Vital statistics of India. Vol. IV, Annual returns from 1871 to 1876. British Army of India, Native Army and jails of Bengal
Year: 1871
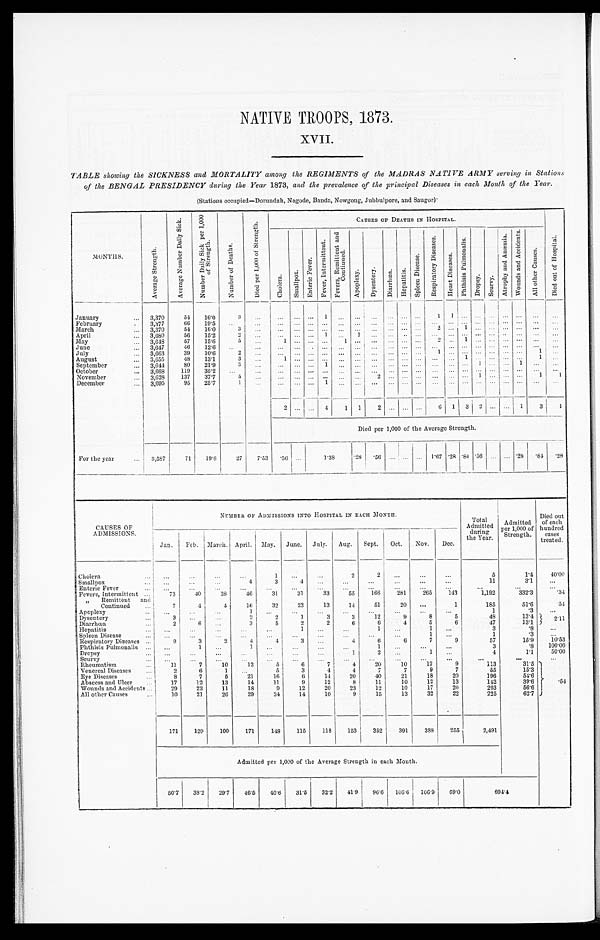
NATIVE TROOPS, 1873.
XVII.
TABLE showing the SICKNESS and MORTALITY among the REGIMENTS of the MADRAS NATIVE ARMY serving in Stations
of the BENGAL PRESIDENCY during the Year 1873 , and. the prevalence of the principal Diseases in each Month of the Year.
(Stations occupied—Dorundah, Nagode, Banda, Nowgong, Jubbulpore, and Saugor).
MONTHS.
A v e r a g e S t r e n g t h .
A v e r a g e N u m b e r D a i l y S i c k .
N u m b e r D a i l y S i c k p e r 1 , 0 0 0 o f S t r e n g t h .
N u m b e r o f D e a t h s .
D i e d p e r 1 , 0 0 0 o f S t r e n g t h .
CAUSES OF DEATHS IN HOSPITAL.
D i e d o u t o f H o s p i t a l .
C h o l e r a .
S m a l l p o x .
E n t e r i c F e v e r .
F e v e r , I n t e r m i t t e n t .
F e v e r s , R e m i t t e n t a n d C o n t i n u e d .
A p o p l e x y .
D y s e n t e r y .
D i a r r h œ a .
H e p a t i t i s .
S p l e e n D i s e a s e .
R e s p i r a t o r y D i s e a s e s .
H e a r t D i s e a s e s .
P h t h i s i s P u l m o n a l i s .
D r o p s y .
S c u r v y .
A t r o p h y a n d A n æ m i a .
W o u n d s a n d A c c i d e n t s .
A l l o t h e r C a u s e s .
January ...
3,370
54
16.0
3
. . .
...
. . .
. . . 1
. . .
. . .
. . .
. . .
. . .
. . .
1 1
. . . . . .
. . .
. . .
. . .
. . .
...
February ...
3,377
66
19.5
. . .
...
...
. . . . . .
. . .
. . .
. . .
. . .
. . .
. . .
. . .
. . . . . .
. . . . . .
. . .
. . .
. . .
. . .
...
March ...
3,370
54
16.0
3
...
. . .
. . . . . .
. . .
. . .
. . .
. . .
. . . . . .
. . .
2
. . . 1
. . .
. . .
. . .
. . .
. . .
...
April ...
3,680
56
15.2
2
...
...
. . . . . . 1
. . .
1
. . .
. . . . . .
. . .
. . . . . . . . .
. . . . . .
. . .
. . .
. . .
. . .
May ...
3,648
57
15.6
5
...
1
. . . . . .
. . .
1 . . .
. . .
. . . . . .
. . .
2
. . . 1
. . . . . .
. . .
. . .
. . .
...
June ...
3,647
46
12.6
. . .
...
...
. . . . . .
. . .
. . .
. . .
. . .
. . . . . .
. . .
. . .
. . . . . .
. . .
. . .
. . .
. . .
. . .
...
July ...
3,663
39
10.6
2
...
...
. . . . . .
. . .
. . .
. . .
. . .
. . . . . .
. . .
1
. . .
. . . . . . . . .
. . . . . .
1
...
August ...
3,655
48
13.1
3
...
1
. . . . . .
. . .
. . .
. . .
. . .
. . .
. . .
. . . . . .
. . .
1 . . .
. . .
. . .
. . .
1
...
September ...
3,644
80
21.9
3
. . .
...
. . . . . .
1
. . .
. . .
. . .
. . . . . .
. . .
. . .
. . .
. . . 1 . . .
. . . 1
. . .
...
October ...
3,668
119
35.2
. . .
...
. . .
. . . . . .
. . .
. . . . . .
. . .
. . . . . .
. . .
. . .
. . .
. . . . . .
. . . . . .
. . .
. . .
. . .
November ...
3,628
137
37.7
5
...
. . .
. . .
. . .
. . .
. . .
. . .
2
. . .
. . .
. . . . . .
. . .
. . . 1
. . .
. . . . . .
1
1
December ...
3,695
95
25.7
1
...
...
. . .
. . .
1
. . .
. . .
. . .
. . .
. . .
. . .
. . .
. . .
. . . . . .
. . .
. . .
. . .
...
...
2
. . . . . .
4
1 1
2
. . .
. . .
. . .
6 1 3 2
. . .
. . . 1
3
1
Died per 1,000 of the Average Strength.
For the year ...
3,587
71
19.8
27
7.53
. 5 6
. . .
1.38
.28 .56
. . .
. . .
. . . 1.67
. 2 8 .84 .56
. . . . . . .28
. 8 4
. 2 8
CAUSES OF
ADMISSIONS.
NUMBER OF ADMISSIONS INTO HOSPITAL IN EACH MONTH.
Admitted
Total
during
the Year.
Admitted
Per 1,000 of
Strength.
Died out
of each
hundred
cases
treated.
Jan.
Feb. March. April. May. June. July.
Aug.
Sept.
Oct.
Nov.
Dec.
Cholera ...
. . .
. . .
. . .
. . .
1
. . .
. . .
2
2
. . .
. . .
. . .
5
1.4
40.00
Smallpox ...
. . .
. . .
. . .
4
3
4
. . .
. . .
. . .
. . .
. . .
. . .
11
3.1
. . .
Enteric Fever ...
. . .
. . .
. . .
. . .
. . .
. . .
. . .
. . .
. . .
. . .
. . .
. . .
. . .
. . .
. . .
Fevers, Intermittent ...
73
40
28
46
31
31
33
55
166
281
265
143
1,192
332.3
.34
" Remittent and
Continued ...
7
4
4
16
32
23
13
14
51
20
. . .
1
185
51.6
.54
Apoplexy ...
. . .
. . .
. . .
1
. . .
. . .
. . .
. . .
. . .
. . .
. . .
. . .
1
.3
. . .
Dysentery ...
3
. . . . . .
2
2
1
3
3
12
9
8
5
48
13.4
2.11
Diarrhœa ...
2
6
. . .
3
5
2
2
6
6
4
5
6
47
13.1
Hepatitis ...
. . .
. . .
. . .
. . .
. . .
1
. . .
. . .
1
. . .
1
. . .
3
.8
. . .
Spleen Disease ...
. . .
. . .
. . .
. . .
. . .
. . .
. . .
. . .
. . .
. . .
1
. . .
1
.3
. . .
Respiratory Diseases ...
9
3
2
4
4
3
. . .
4
6
6
7
9
57
15.9
10.53
Phthisis Pulmonalis ...
. . .
1
. . .
1
. . .
. . .
. . .
. . .
1
. . .
. . .
. . .
3
.8
100.00
Dropsy ...
. . .
. . .
. . .
. . .
. . .
. . .
. . .
1
2
. . .
1
. . .
4
1.1
50.00
Scurvy ...
. . .
. . .
. . .
. . .
. . .
. . .
. . .
. . .
. . .
. . .
. . .
. . .
. . .
. . .
. . .
Rheumatism ...
11
7
10
12
5
6
7
4
20
10
12
9
113
31.5
.54
Venereal Diseases ...
2
6
1
. . .
5
3
4
4
7
7
9
7
55
15.3
Eye Diseases ...
8
7
5
21
16
6
14
20
40
21
18
20
196
54.6
Abscess and Ulcer ...
17
12
13
14
11
9
12
8
11
10
12
13
142
39.6
Wounds and Accidents ...
29
22
11
18
9
12
20
23
12
10
17
20
203
56.6
All other Causes ...
10
21
26
29
24
14
10
9
15
13
32
22
225
62.7
171
129
100
171
148
115
118
153
352
391
388
255 2,491
Admitted per 1,000 of the Average Strength in each Month.
50.7
38.2
29.7
46.5
40.6
31.5
32.2
41.9
96.6 106.6
106.9
69.0
6 9 4 . 4